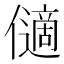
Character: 𠐝